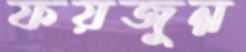
ফয়জুন্ন